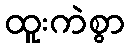
ထူးကဲစွာ